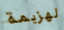
لهزيمة